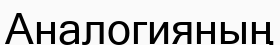
Аналогияның